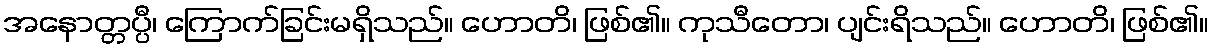
အနောတ္တပ္ပီ၊ ကြောက်ခြင်းမရှိသည်။ ဟောတိ၊ ဖြစ်၏။ ကုသီတော၊ ပျင်းရိသည်။ ဟောတိ၊ ဖြစ်၏။